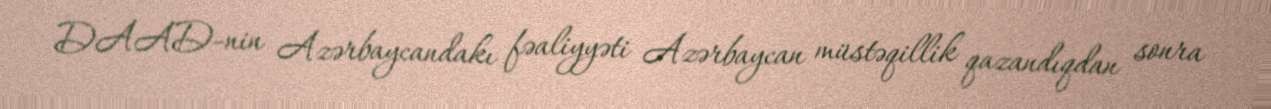
DAAD-nin Azərbaycandakı fəaliyyəti Azərbaycan müstəqillik qazandıqdan sonra